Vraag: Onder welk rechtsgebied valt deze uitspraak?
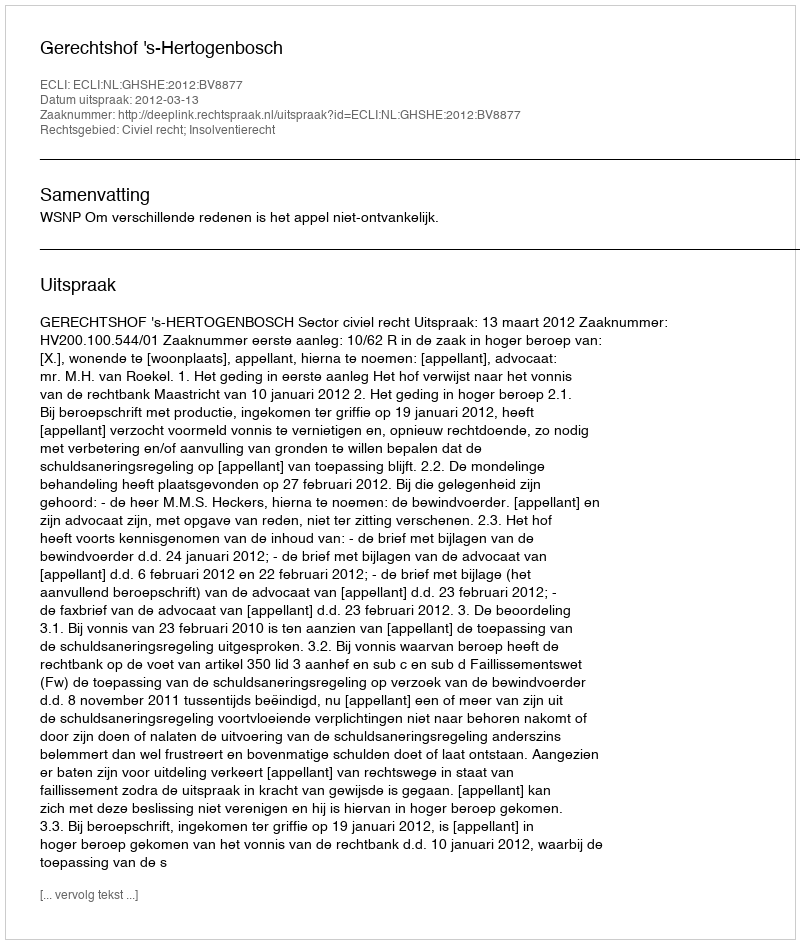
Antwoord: Civiel recht; Insolventierecht